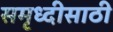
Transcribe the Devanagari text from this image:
समृध्दीसाठी